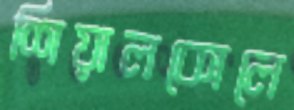
শিয়ালকোলে